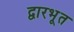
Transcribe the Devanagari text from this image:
द्वारभूत